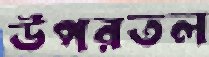
উপরতল